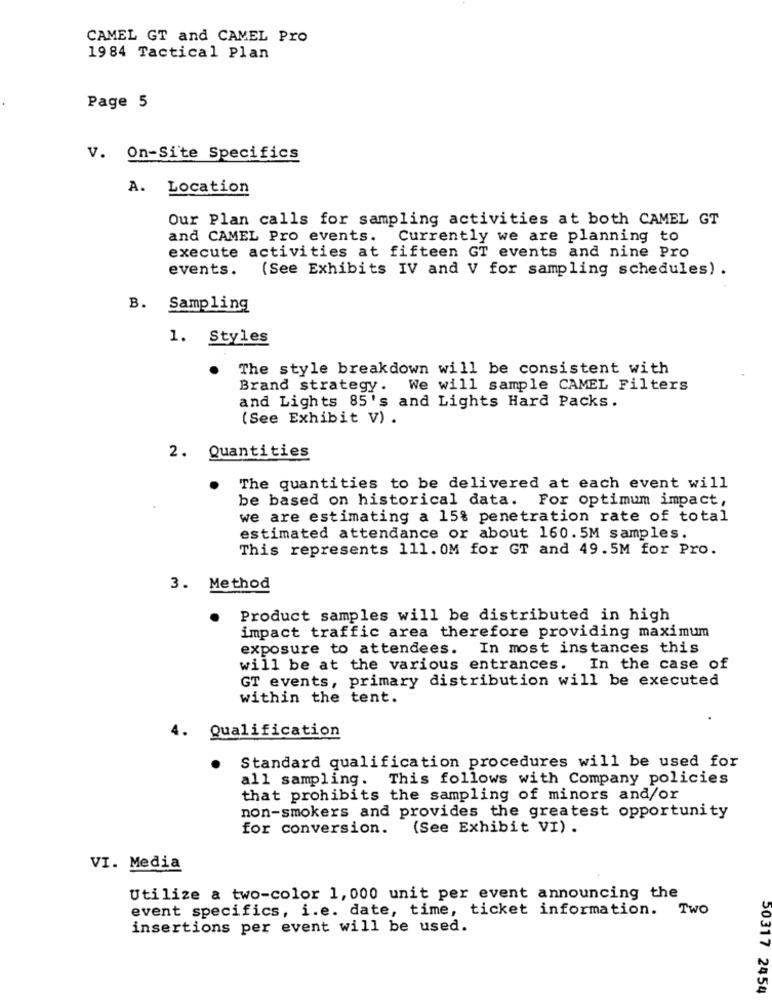
CAMEL GT and CAMEL Pro
1984 Tactical Plan
Page 5
V. On-Site Specifics
A. Location
Our Plan calls for sampling activities at both CAMEL GT
and CAMEL Pro events.
Currently we are planning to
execute activities at fifteen GT events and nine Pro
events. (See Exhibits IV and V for sampling schedules) .
B. Sampling
1. Styles
The style breakdown will be consistent with
Brand strategy. We will sample CAMEL Filters
and Lights 85's and Lights Hard Packs.
(See Exhibit V) .
2. Quantities
The quantities to be delivered at each event will
be based on historical data. For optimum impact,
we are estimating a 15% penetration rate of total
estimated attendance or about 160.5M samples.
This represents 111. OM for GT and 49.5M for Pro.
3. Method
Product samples will be distributed in high
impact traffic area therefore providing maximum
exposure to attendees.
In most instances this
will be at the various entrances. In the case of
GT events, primary distribution will be executed
within the tent.
Qualification
4.
Standard qualification procedures will be used for
all sampling. This follows with Company policies
that prohibits the sampling of minors and/or
non-smokers and provides the greatest opportunity
for conversion. (See Exhibit VI) .
VI. Media
Utilize a two-color 1, 000 unit per event announcing the
event specifics, i.e. date, time, ticket information. Two
insertions per event will be used.
50317 2454